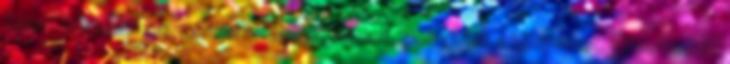
Snow-sorozathoz, miután az anyjuk elment. Elolvasták a könyveket. Újraolvasták